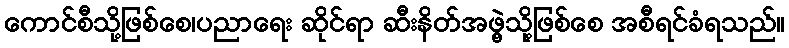
ကောင်စီသို့ဖြစ်စေ၊ပညာရေး ဆိုင်ရာ ဆီးနိတ်အဖွဲ့သို့ဖြစ်စေ အစီရင်ခံရသည်။